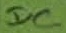
Text: DC